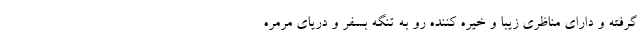
گرفته و دارای مناظری زیبا و خیره کننده رو به تنگه بسفر و دریای مرمره